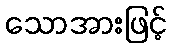
သောအားဖြင့်